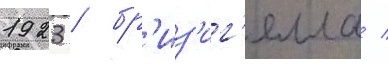
1923 / бр'из'иг'елла /